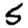
Digit: 5